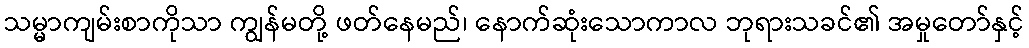
သမ္မာကျမ်းစာကိုသာ ကျွန်မတို့ ဖတ်နေမည်၊ နောက်ဆုံးသောကာလ ဘုရားသခင်၏ အမှုတော်နှင့်